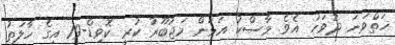
ހަތްވަނަަ ދުވަހު އެވެ. މާސްކު އަޅަން މަޖުބޫރު ކުރީ ކޮވިޑް-19 އިގެ ހާލަތު